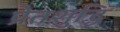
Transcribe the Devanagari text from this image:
प्रेतशुद्धि